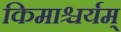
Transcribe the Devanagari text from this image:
किमाश्चर्यम्